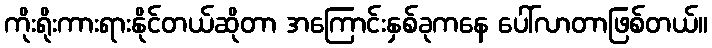
ကိုးရိုးကားရားနိုင်တယ်ဆိုတာ အကြောင်းနှစ်ခုကနေ ပေါ်လာတာဖြစ်တယ်။